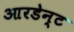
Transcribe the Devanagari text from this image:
आरडेन्ट